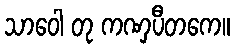
သာဝေါ တု ကဏှပီတကေ။